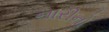
નારીનો